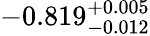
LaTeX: -0.819_{-0.012}^{+0.005}